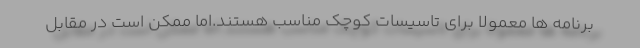
برنامه ها معمولا برای تاسیسات کوچک مناسب هستند.اما ممکن است در مقابل